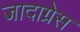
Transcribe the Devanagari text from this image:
जादाग्रेस